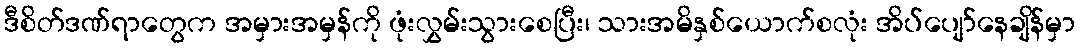
ဒီစိတ်ဒဏ်ရာတွေက အမှားအမှန်ကို ဖုံးလွှမ်းသွားစေပြီး၊ သားအမိနှစ်ယောက်စလုံး အိပ်ပျော်နေချိန်မှာ